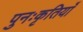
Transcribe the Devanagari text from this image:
पुनःकृतियाँ